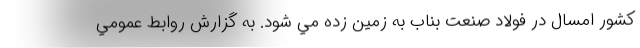
كشور امسال در فولاد صنعت بناب به زمين زده مي شود. به گزارش روابط عمومي